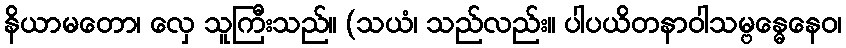
နိယာမတော၊ လှေ သူကြီးသည်။ (သယံ၊ သည်လည်း။ ပါပယိတနာဝါသမ္ဗန္ဓေနေဝ၊